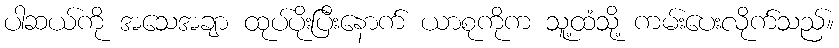
ပါဆယ်ကို အသေအချာ ထုပ်ပိုးပြီးနောက် ယာစုကိုက သူ့ထံသို့ ကမ်းပေးလိုက်သည်။